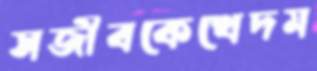
সজীবকেখেদম